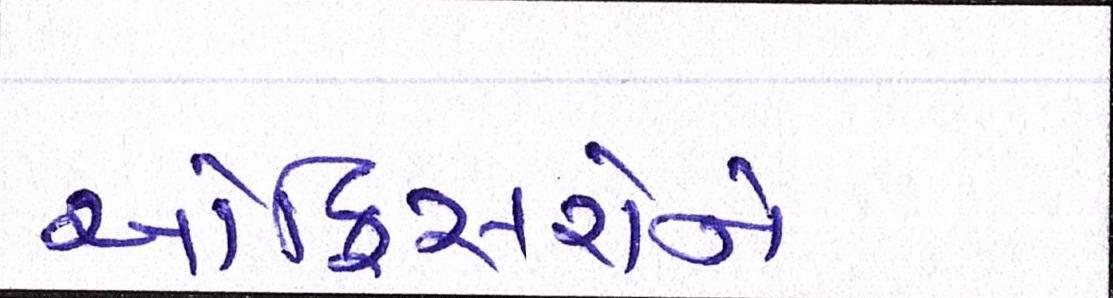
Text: ઓફિસરોને